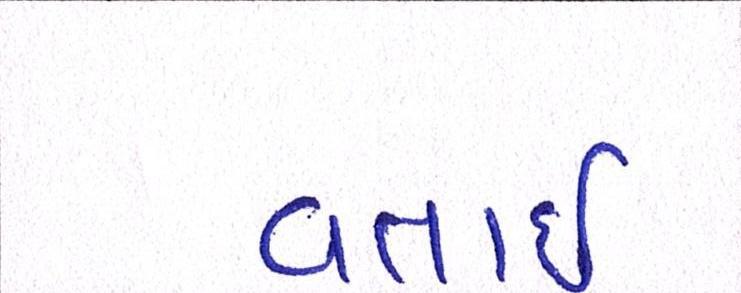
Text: વતાર્ઇ